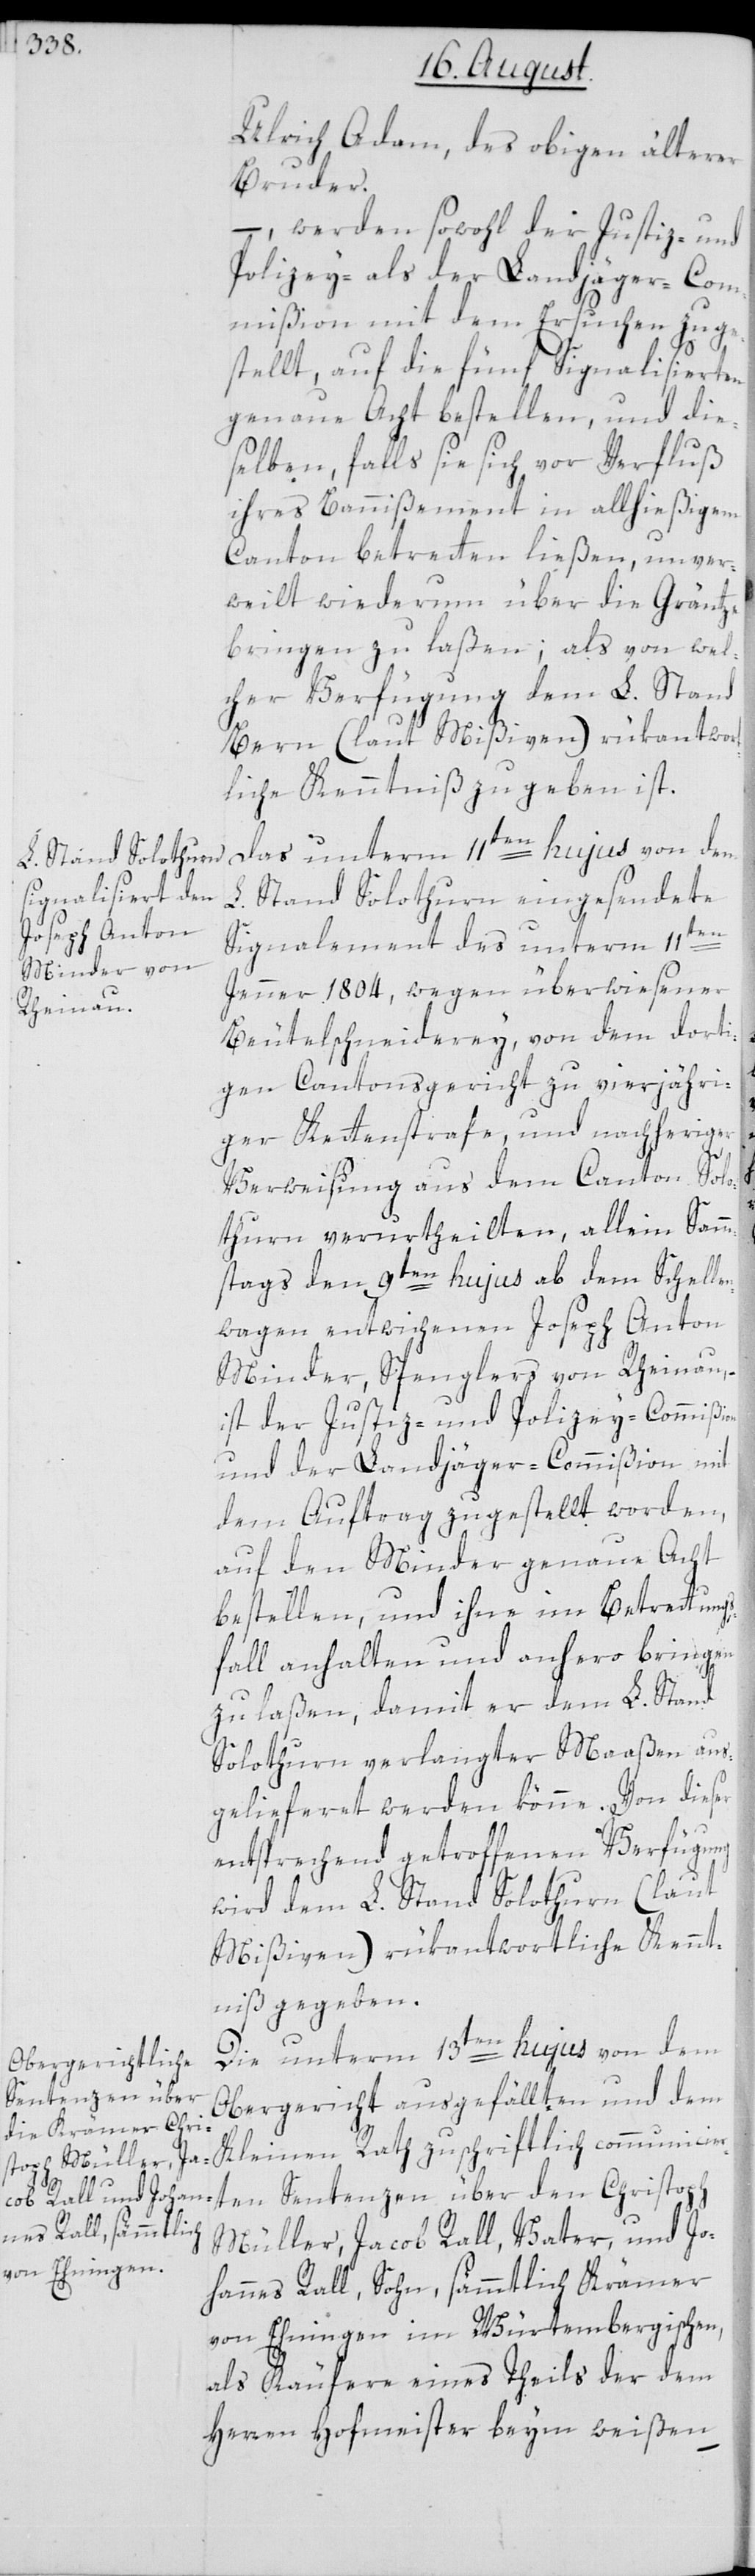
Ulrich Adam, des obigen älterer
Bruder.
–, werden sowohl der Justiz- und
Polizey- als der Landjäger-Com¬
mißion mit dem Ersuchen zuge¬
stellt, auf die fünf Signalisierten
genaue Acht bestellen, und die¬
selben, falls sie sich vor Verfluß
ihres Bannißement in allhießigem
Canton betretten ließen, unver¬
weilt wiederum über die Gräntze
bringen zu laßen; als von wel¬
cher Verfügung dem L. Stand
Bern (laut Mißiven) rükantwor¬
tliche Kenntniß zu geben ist.
Das unterm 11ten hujus von dem
L. Stand Solothurn eingesendete
Signalement des unterm 11ten
Jenner 1804, wegen überwiesener
Beutelschneiderey von dem dorti¬
gen Cantonsgericht zu vierjähri¬
ger Kettenstrafe, und nachheriger
Verweisung aus dem Canton Solo¬
thurn verurtheilten, allein Samm¬
stags den 9ten hujus ab dem Schelle¬
nwagen entwichenen Joseph Anton
Minder, Spenglers von Rheinau,
ist der Justiz- und Polizey-Commißion
und der Landjäger-Commißion mit
dem Auftrag zugestellt worden,
auf den Minder genaue Acht
bestellen, und ihne im Betrettungs¬
fall anhalten und anhero bringen
zu laßen, damit er dem L. Stand
Solothurn verlangter Maaßen aus¬
gelieferet werden könne. Von dieser
entsprechend getroffenen Verfügung
wird dem L. Stand Solothurn (laut
Mißiven) rükantwortliche Kennt¬
niß gegeben.
Die unterm 13ten hujus von dem
Obergericht ausgefällten und dem
Kleinen Rath zuschriftlich communicier¬
ten Sentenzen über den Christoph
Müller, Jacob Rall, Vater, und Jo¬
hannes Rall, Sohn, sämmtlich Krämer
von Ehningen im Würtembergischen,
als Käufere eines Theils der dem
Herren Hofmeister beym weißen